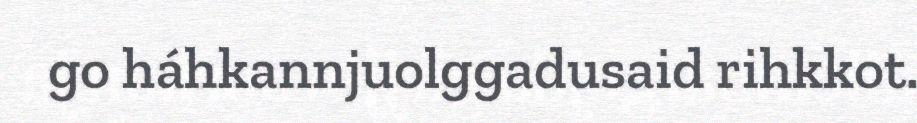
go háhkannjuolggadusaid rihkkot.